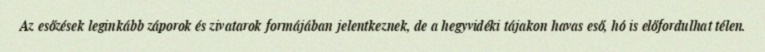
Az esőzések leginkább záporok és zivatarok formájában jelentkeznek, de a hegyvidéki tájakon havas eső, hó is előfordulhat télen.